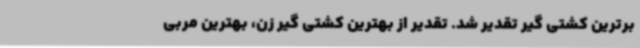
برترین کشتی گیر تقدیر شد. تقدیر از بهترین کشتی گیر زن، بهترین مربی